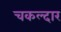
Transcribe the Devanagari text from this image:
चकल्दार